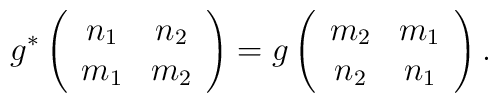
g^{*}\left(\begin{array}{cc}             n_1 & n_2 \\             m_1 & m_2          \end{array}\right)=g\left(\begin{array}{cc}             m_2  & m_1 \\             n_2 & n_1         \end{array}\right).